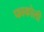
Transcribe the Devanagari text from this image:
फाकोली